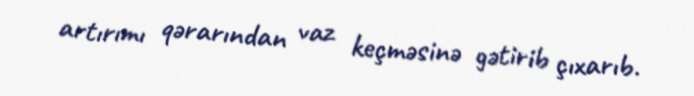
artırımı qərarından vaz keçməsinə gətirib çıxarıb.